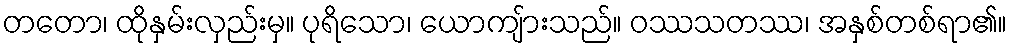
တတော၊ ထိုနှမ်းလှည်းမှ။ ပုရိသော၊ ယောကျ်ားသည်။ ဝဿသတဿ၊ အနှစ်တစ်ရာ၏။